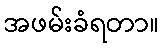
အဖမ်းခံရတာ။